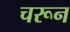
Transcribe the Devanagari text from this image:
चरून